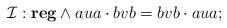
LaTeX: \begin{align*}\mathcal{I}: \textbf{reg} \wedge aua\cdot bvb=bvb\cdot aua;\end{align*}